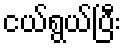
ငယ်ရွယ်ပြီး